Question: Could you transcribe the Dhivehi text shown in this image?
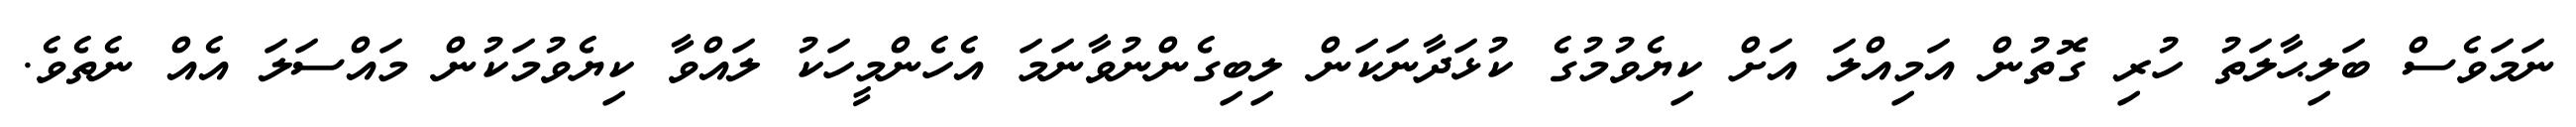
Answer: ނަމަވެސް ބަލިޙާލަތު ހުރި ގޮތުން އަމިއްލަ އަށް ކިޔެވުމުގެ ކުޅަދާނަކަން ލިބިގެންނުވާނަމަ އެހެންމީހަކު ލައްވާ ކިޔެވުމަކުން މައްސަލަ އެއް ނެތެވެ.